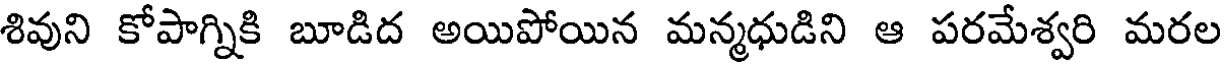
శివుని కోపాగ్నికి బూడిద అయిపోయిన మన్మధుడిని ఆ పరమేశ్వరి మరల